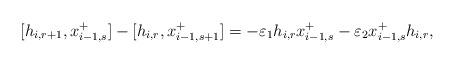
LaTeX: \begin{align*}[h_{i, r+1}, x_{i-1, s}^{+}] - [h_{i, r}, x_{i-1, s+1}^{+}] = - \varepsilon_1 h_{i, r} x_{i-1, s}^{+} - \varepsilon_2 x_{i-1, s}^{+} h_{i, r}, \end{align*}